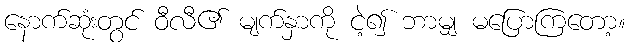
နောက်ဆုံးတွင် ဝီလီ၏ မျက်နှာကို ငဲ့၍ ဘာမျှ မပြောကြတော့။